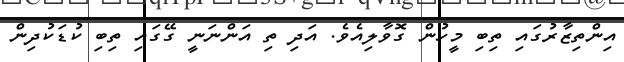
އިންތިޒާރުގައި ތިބި މީހުން ގޮވާލިއެވެ. އަދި ތި އަންނަނީ ގޭގައި ތިބި ކުޑަކުދިން